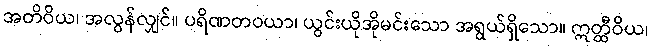
အတိဝိယ၊ အလွန်လျှင်။ ပရိဏတဝယာ၊ ယွင်းယိုအိုမင်းသော အရွယ်ရှိသော။ ဣတ္ထီဝိယ၊